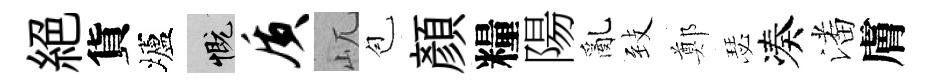
絶貨壚慨质屼苞顔糧陽亂𦤺鄭瑟凑潘膚